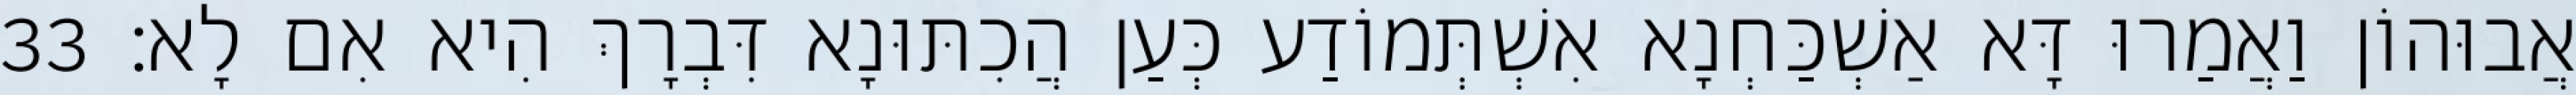
אֲבוּהוֹן וַאֲמַרוּ דָּא אַשְׁכַּחְנָא אִשְׁתְּמוֹדַע כְּעַן הֲכִתּוּנָא דִּבְרָךְ הִיא אִם לָא׃ 33